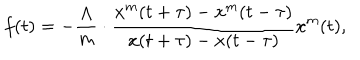
f ( t ) = - \frac { \Lambda } { m } \cdot \frac { x ^ { m } ( t + \tau ) - x ^ { m } ( t - \tau ) } { x ( t + \tau ) - x ( t - \tau ) } x ^ { m } ( t ) ,